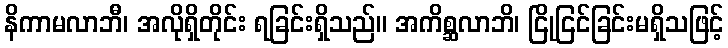
နိကာမလာဘီ၊ အလိုရှိတိုင်း ရခြင်းရှိသည်။ အကိစ္ဆလာဘိ၊ ငြိုငြင်ခြင်းမရှိသဖြင့်